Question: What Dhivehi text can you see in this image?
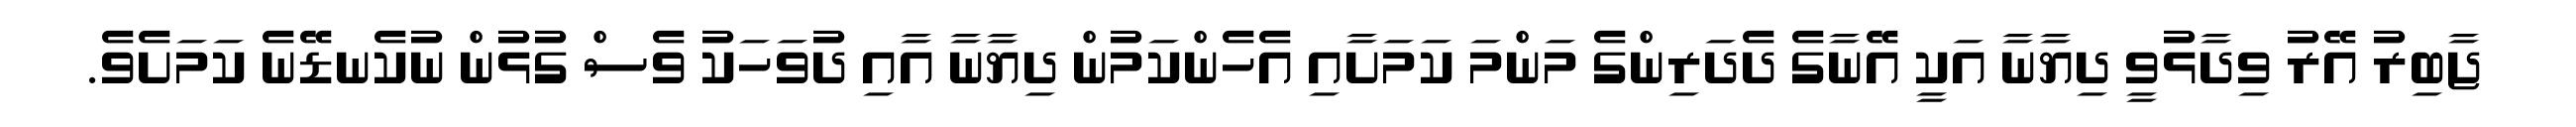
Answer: ޖާބިރު އޭރު ވިދާޅުވީ ދިޔާނާ އަކީ އޭނާގެ ދެދަރިންގެ މަންމަ ކަމަށާއި އެހެންކަމުން ދިޔާނާ އާއި ދުވަހަކު ވެސް ގުޅުން ނުކެނޑޭނެ ކަމަށެވެ.